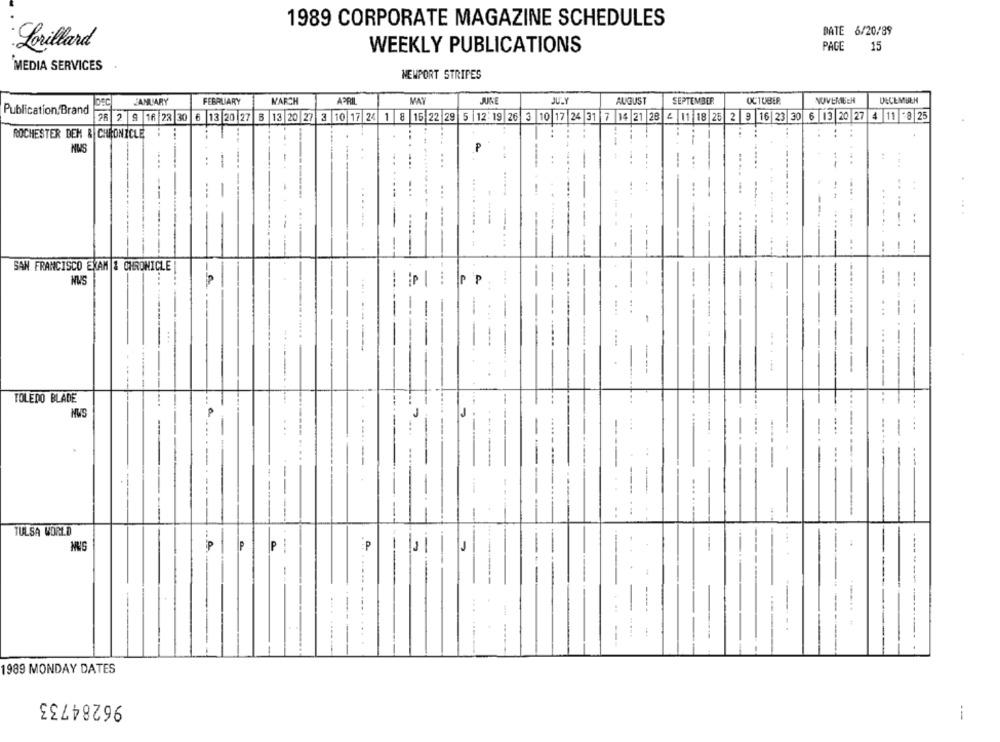
1989 CORPORATE MAGAZINE SCHEDULES
DATE 6/20/89
Lorillard
WEEKLY PUBLICATIONS
PACE
15
MEDIA SERVICES
NEWPORT STRIPES
JANUARY
FEBRUARY
MARCH
APRIL
MAY
JUNE
JULY
AUGUST
SEPTEMBER
OCTUBER
NOVEMBER
DECEMULH
Publication Brand
26 2 9 18 22 30 6 13 20 27 8 13 20 27 3 10 17 24 1 8 15 22 29 5 12 19 26 3 10 17 24 31 7 14 21 28 4 11 | 18 25 2 9 16 23 30 6 13 20 27 4 11 "8 25
ROCHESTER DEM & CHRONICLE
NUS
P
...
----
--
-.
SAN FRANCISCO EXAM & CHRONICLE
NUS
P P
-
--- -------
----
TOLEDO BLADE
--
NWS
J
-
-
..
TULSA WORLD
P
.P
1
---
---
1989 MONDAY DATES
96284733
i